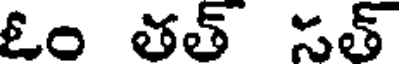
ఓం తత్ సత్